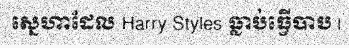
ស្នេហាដែល Harry Styles ធ្លាប់ធ្វើបាប |